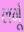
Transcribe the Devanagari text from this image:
लगूँ